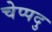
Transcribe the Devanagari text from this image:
चेप्पदु